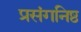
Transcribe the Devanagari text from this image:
प्रसंगनिष्ठ